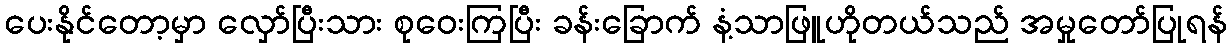
ပေးနိုင်တော့မှာ လှော်ပြီးသား စုဝေးကြပြီး ခန်းခြောက် နံ့သာဖြူဟိုတယ်သည် အမှုတော်ပြုရန်